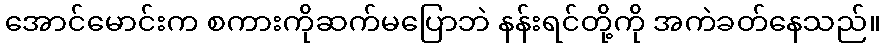
အောင်မောင်းက စကားကိုဆက်မပြောဘဲ နန်းရင်တို့ကို အကဲခတ်နေသည်။